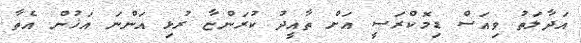
އަދާލަތު ވިއަސް ޑިމޮކްރަސީ އަށް ތާއީދު ކުރަންޏާ ރުޅި އަންނަ އަޚުން އެތާ